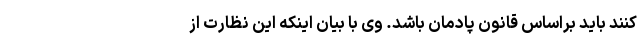
کنند باید براساس قانون پادمان باشد. وی با بیان اینکه این نظارت از